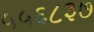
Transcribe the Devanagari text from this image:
५५६८३७